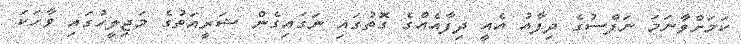
ކަމަށްވާނަމަ ނަފްސުގެ ދިފާއު އެއީ ދިފާއެއްގެ ގޮތުގައި ނަގައިގެން ޝަރީއަތުގެ މަޖިލީހުގައި ވާހަކަ